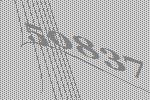
50837